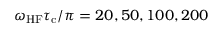
\omega _ { \mathrm { H F } } \tau _ { \mathrm { c } } / \pi = 2 0 , 5 0 , 1 0 0 , 2 0 0